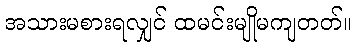
အသားမစားရလျှင် ထမင်းမျိုမကျတတ်။